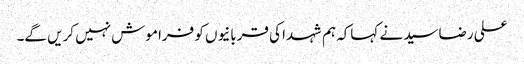
علی رضاسید نے کہاکہ ہم شہدا کی قربانیوں کو فراموش نہیں کریں گے۔